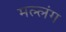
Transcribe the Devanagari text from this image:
मल्लंग